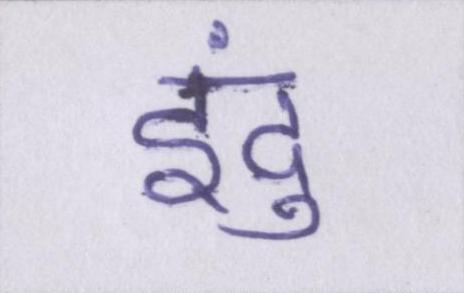
इंदु